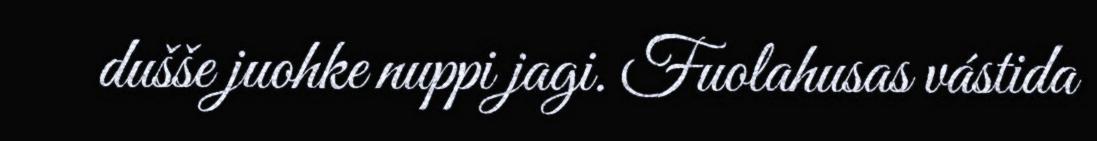
dušše juohke nuppi jagi. Fuolahusas vástida